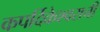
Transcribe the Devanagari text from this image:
कपर्दिकेश्वराची